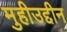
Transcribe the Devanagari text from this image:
मुहीउद्दीन